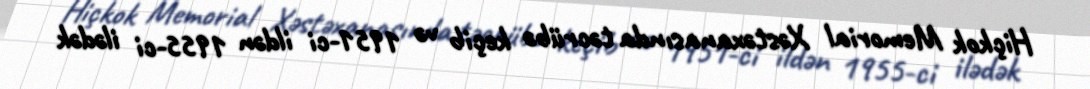
Hiçkok Memorial Xəstəxanasında təcrübə keçib və 1951-ci ildən 1955-ci ilədək